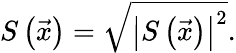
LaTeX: S\left(\vec{x}\right)=\sqrt{\left|S\left(\vec{x}\right)\right|^{2}}.